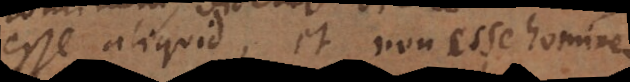
esse aliquid, et non esse hominem.